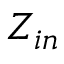
Z _ { i n }